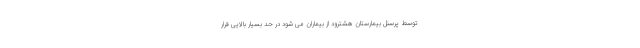
توسط پرسنل بیمارستان هشترود از بیماران می شود در حد بسیار بالایی قرار